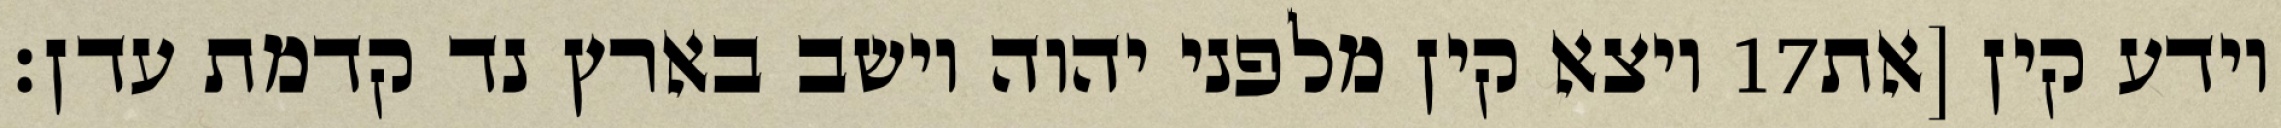
ויצא קין מלפני יהוה וישב בארץ נד קדמת עדן׃ ‎17‏ וידע קין [את